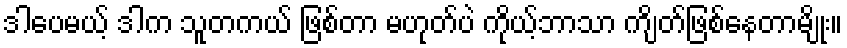
ဒါပေမယ့် ဒါက သူတကယ် ဖြစ်တာ မဟုတ်ပဲ ကိုယ့်ဘာသာ ကျိတ်ဖြစ်နေတာမျိုး။